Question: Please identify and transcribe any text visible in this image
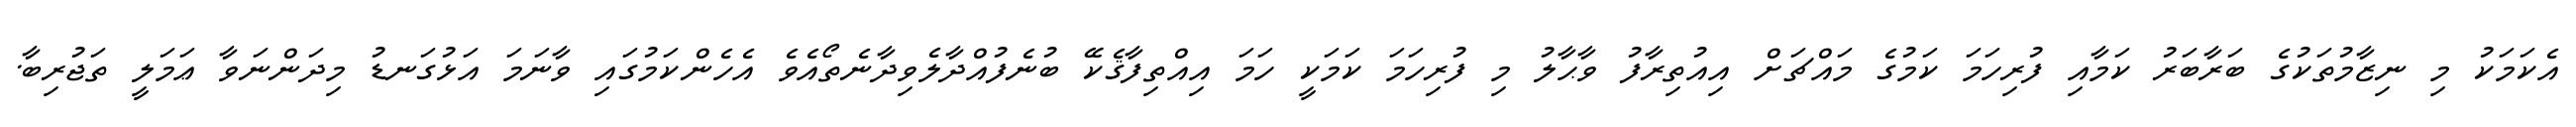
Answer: އެކަމަކު މި ނިޒާމުތަކުގެ ބަރާބަރު ކަމާއި ފުރިހަމަ ކަމުގެ މައްޗަށް އިއުތިރާފު ވާޙާލު މި ފުރިހަމަ ކަމަކީ ހަމަ އިއްތިފާޤެކޭ ބުނެފުއްދާލެވިދާނެތޯއެވެ އެހެންކަމުގައި ވާނަމަ އަޅުގަނޑު މިދަންނަވާ ޢަމަލީ ތަޖުރިބާ.